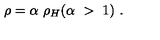
\rho = \alpha \ \rho _ { H } ( \alpha \ > \ 1 ) \ .